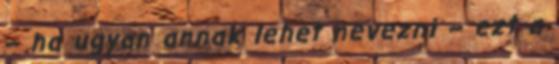
– ha ugyan annak lehet nevezni – ezt a